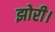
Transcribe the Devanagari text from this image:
झोरी।